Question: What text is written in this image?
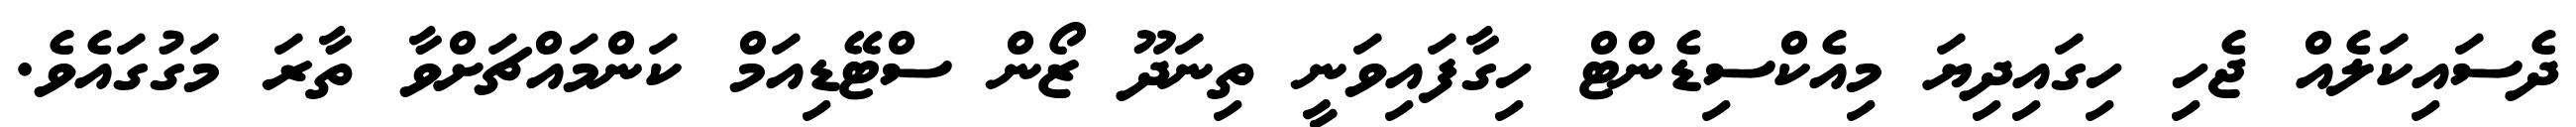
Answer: ދެސައިކަލެއް ޖެހި ހިގައިދިޔަ މިއެކްސިޑެންޓް ހިގާފައިވަނީ ތިނަދޫ ޒޯން ސްޓޭޑިއަމް ކަންމައްޗަށްވާ ތާރަ މަގުގައެވެ.